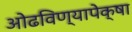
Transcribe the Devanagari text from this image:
ओढविण्यापेक्षा